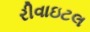
રીવાઇટલ